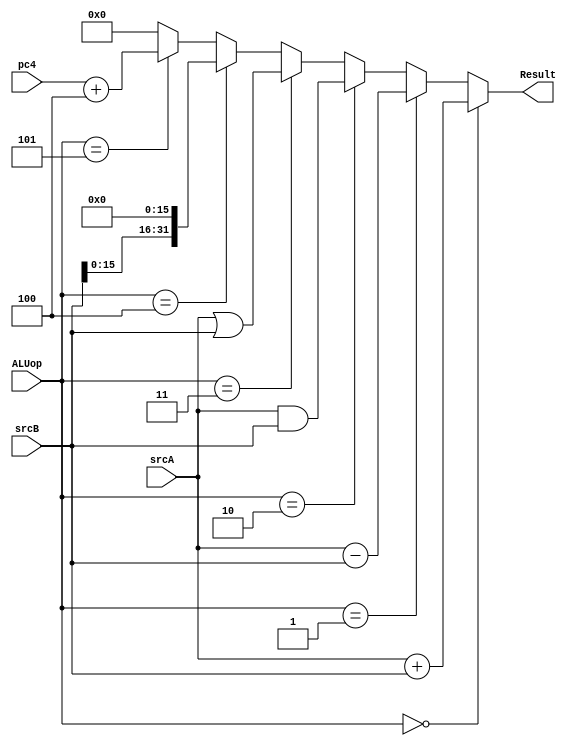
`timescale 1ns / 1ps
`define ALU_add 4'b0000
`define ALU_sub 4'b0001
`define ALU_and 4'b0010
`define ALU_or 4'b0011
`define ALU_lui 4'b0100
`define ALU_jal 4'b0101

module E_ALU(
    input [31:0] srcA,
    input [31:0] srcB,
    input [31:0] pc4,
    input [3:0] ALUop,
    output [31:0] Result
);
    assign Result = (ALUop == `ALU_add) ? srcA + srcB :
                    (ALUop == `ALU_sub) ? srcA - srcB :
                    (ALUop == `ALU_and) ? srcA & srcB :
                    (ALUop == `ALU_or) ? srcA | srcB :
                    (ALUop == `ALU_lui) ? srcB << 16 :                  // lui
                    (ALUop == `ALU_jal) ? pc4 + 32'h0000_0004 :         // jal
                    32'h0000_0000;
endmodule //ALU